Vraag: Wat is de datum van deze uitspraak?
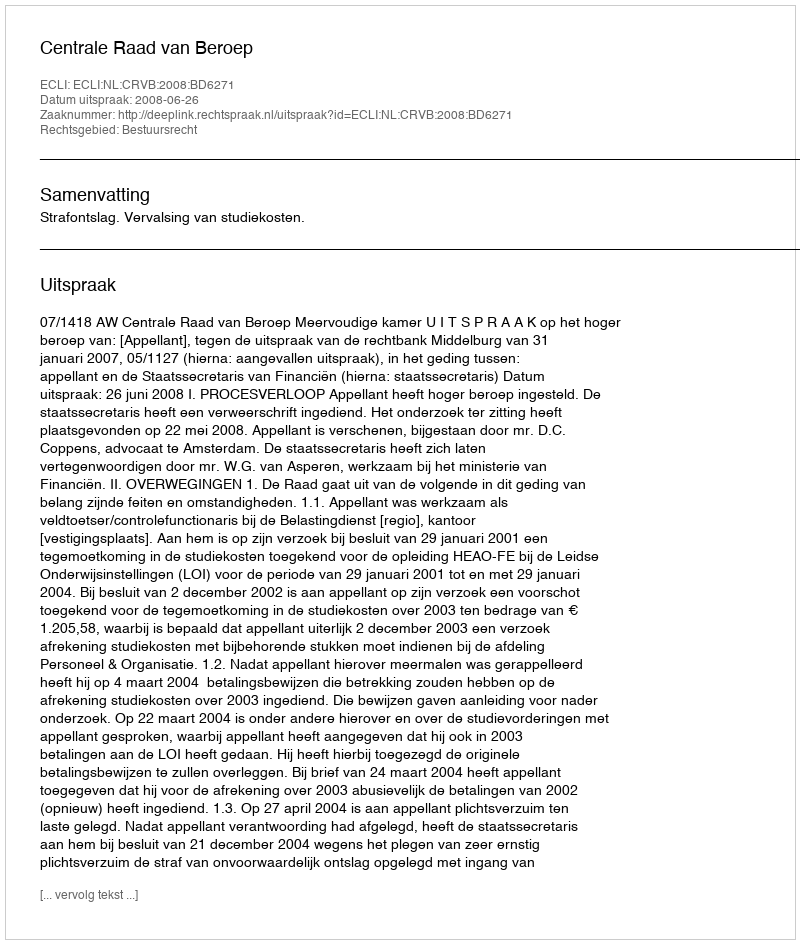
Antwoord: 2008-06-26